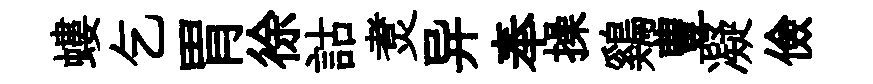
螻乞胃徐詁煑异奉操鷄豊凝儉